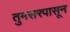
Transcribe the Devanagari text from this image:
तुमसरपासून